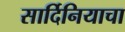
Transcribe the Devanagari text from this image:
सार्दिनियाचा